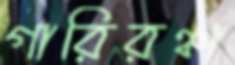
গারিরঞ্চা